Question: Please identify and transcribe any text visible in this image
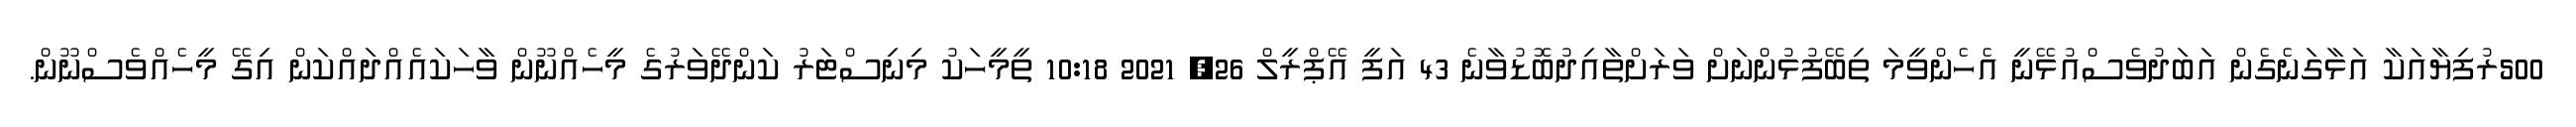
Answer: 500ރުފިޔާއަކާ އަޅާގަނެގެން އަބަދުވެސްއުޅޭނީ އެހެންވީމަ ތިބޭފުޅުންނަށް ވަރަށްތާއިދުބޮޑުވާނެ 43 އަފީ އޭޕްރީލް 26, 2021 10:18 ތީމީހަކު މިނިސްޓަރު ކަންދޭވަރުގެ މީހެއްނޫން ވާހަކައެއްދައްކަން އިގޭ މީހެއްވެސްނޫން.